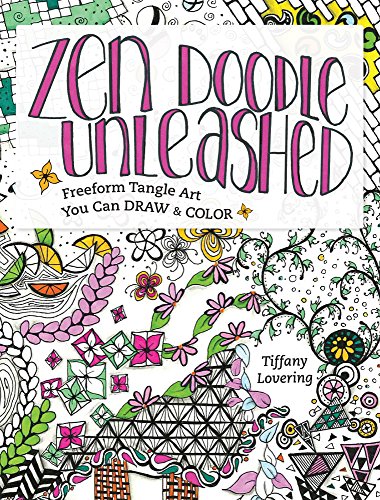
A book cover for Zen Doodle Unleashed: Freeform Tangle Art You Can Draw and Color; Tiffany Lovering; Arts & Photography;